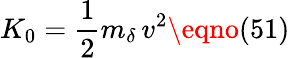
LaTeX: K_{0}={\frac{1}{2}}m_{\delta}\, v^{2}\eqno(51)